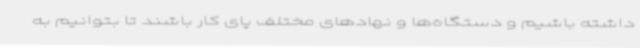
داشته باشیم و دستگاه‌ها و نهادهای مختلف پای کار باشند تا بتوانیم به‌